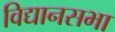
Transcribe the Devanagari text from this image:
विद्यानसभा